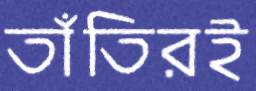
তাঁতিরই